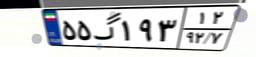
۵۵گ۱۹۳۱۲